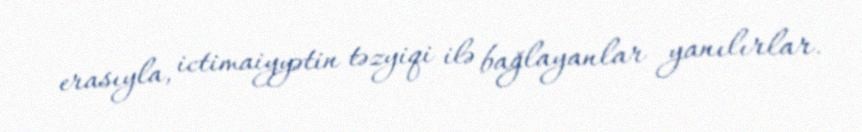
erasıyla, ictimaiyyətin təzyiqi ilə bağlayanlar yanılırlar.